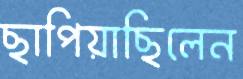
ছাপিয়াছিলেন